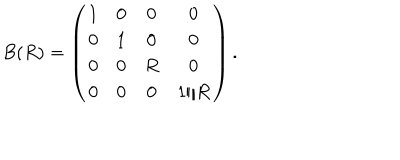
B ( R ) = \left( \begin{matrix} { { 1 } } & { { 0 } } & { { 0 } } & { { 0 } } \\ { { 0 } } & { { 1 } } & { { 0 } } & { { 0 } } \\ { { 0 } } & { { 0 } } & { { R } } & { { 0 } } \\ { { 0 } } & { { 0 } } & { { 0 } } & { { 1 / R } } \\ \end{matrix} \right) .